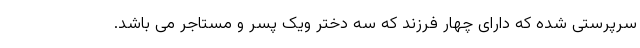
سرپرستی شده که دارای چهار فرزند که سه دختر ویک پسر و مستاجر می باشد.